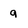
Character: q